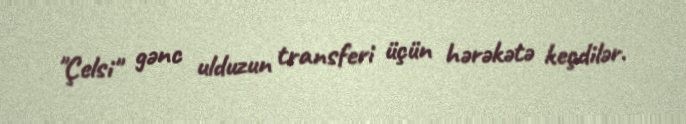
"Çelsi" gənc ulduzun transferi üçün hərəkətə keçdilər.